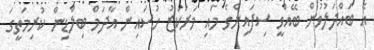
އެ ބައްދަލުވުން ބޭއްވީ ސިފައިންގެ މައި މަރުކަޒު ހުސައިން އާދަމް ބިލްޑިން ކުރިމަތީގަ